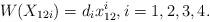
LaTeX: \begin{align*} W(X_{12i}) = d_{i}x_{12}^{i}, i = 1,2,3, 4.\end{align*}